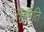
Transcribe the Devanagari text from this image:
सहमति